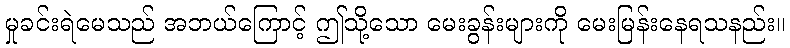
မှုခင်းရဲမေသည် အဘယ်ကြောင့် ဤသို့သော မေးခွန်းများကို မေးမြန်းနေရသနည်း။